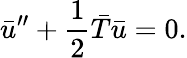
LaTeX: \bar{u}^{\prime\prime}+{\frac{1}{2}}\bar{T}\bar{u}=0.